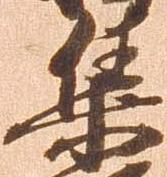
集